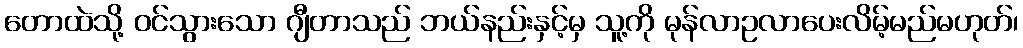
တောထဲသို့ ဝင်သွားသော ဂျီတာသည် ဘယ်နည်းနှင့်မှ သူ့ကို မုန်လာဥလာပေးလိမ့်မည်မဟုတ်၊